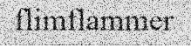
flimflammer